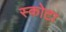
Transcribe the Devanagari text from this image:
स्कोटा